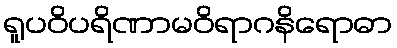
ရူပဝိပရိဏာမဝိရာဂနိရောဓာ